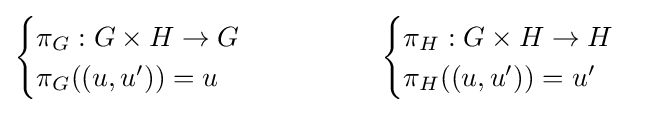
{\begin{cases}\pi _{G}:G\times H\to G\\\pi _{G}((u,u'))=u\end{cases}}\qquad \qquad {\begin{cases}\pi _{H}:G\times H\to H\\\pi _{H}((u,u'))=u'\end{cases}}